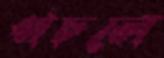
পচলে